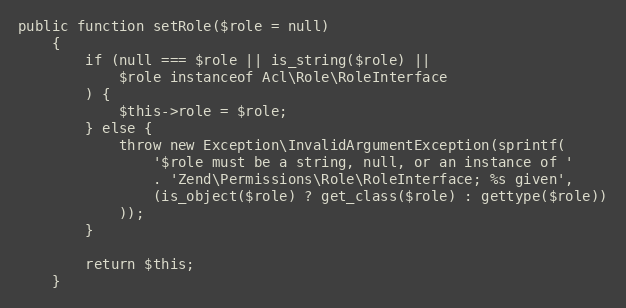
Language: PHP
public function setRole($role = null)
    {
        if (null === $role || is_string($role) ||
            $role instanceof Acl\Role\RoleInterface
        ) {
            $this->role = $role;
        } else {
            throw new Exception\InvalidArgumentException(sprintf(
                '$role must be a string, null, or an instance of '
                . 'Zend\Permissions\Role\RoleInterface; %s given',
                (is_object($role) ? get_class($role) : gettype($role))
            ));
        }

        return $this;
    }